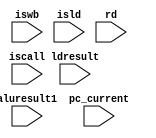
module write_back (iswb, iscall,isld, rd, aluresult1, ldresult,pc_current);   
 
input iswb,iscall,isld;
input [31:0] aluresult1,ldresult,pc_current;
input [3:0] rd;
   
wire iswb,iscall,isld;
wire [31:0] aluresult1,ldresult,pc_current;
wire [3:0] rd;

           always @(*)
           begin
           if (iswb == 1)
           begin  
               
           if (iscall == 1)
           begin
           p.a3 = 4'b1111;
           end
           
           else if ( iscall==0)
           begin
           p.a3 = rd;
           end
          
           if  (isld == 0 && iscall == 0)
           begin
           p.d3 = aluresult1 ;
           end
           else if ( isld == 1 && iscall == 0)
           begin
           p.d3 = ldresult;
           end
           else if (isld == 0 && iscall == 1)
           begin
           p.d3 = pc_current + 4;
           end
           
           end
           end
           endmodule